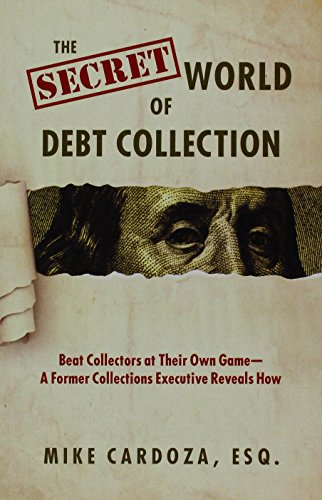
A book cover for The Secret World of Debt Collection: Beat Collectors at Their Own Game - a Former Collections Executive Reveals How; Mike Cardoza; Law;